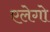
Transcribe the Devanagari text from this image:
एलेगो